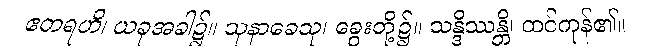
ဧတရဟိ၊ ယခုအခါ၌။ သုနာခေသု၊ ခွေးတို့၌။ သန္ဒိဿန္တိ၊ ထင်ကုန်၏။